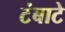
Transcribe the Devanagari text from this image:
टंबाटे